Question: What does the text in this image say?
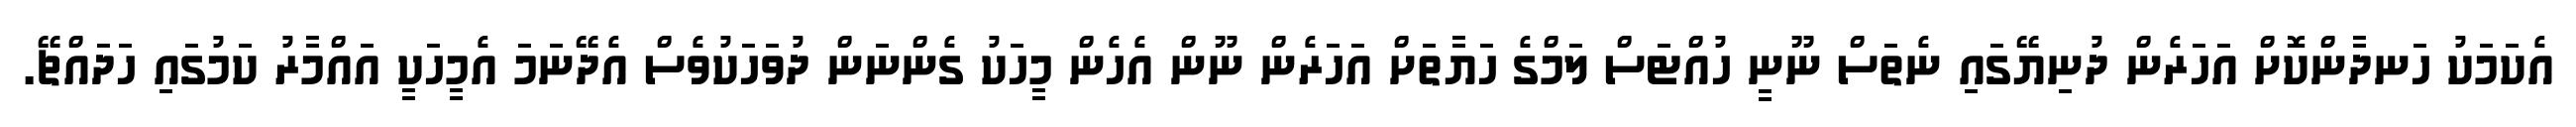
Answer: އެކަމަކު ހަނދާންކޮށް އަހަރެން ދުނިޔޭގައި ނެތަސް ނޫނީ ހުއްޓަސް ލަމްގެ ހަޔާތަށް އަހަރެން ނޫން އެހެން މީހަކު ގެންނަން ދުވަހަކުވެސް އެދޭނަމަ އެމީހަކީ އައްމާރު ކަމުގައި ހަދައްޗޭ.